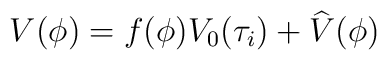
V(\phi)=f(\phi) V_{0}(\tau_{i}) + \widehat V(\phi)